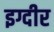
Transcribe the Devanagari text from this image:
इग्दीर